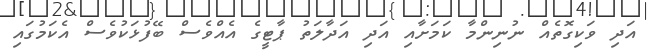
އަދި ވަކިގޮތެއް ނުނިންމާ ކަމަށާއި އަދި އަދާލަތު ޕާޓީގެ އެއްވެސް ބޭފުޅަކުވެސް އެކަމުގައި